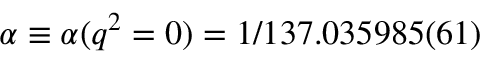
\alpha \equiv \alpha ( q ^ { 2 } = 0 ) = 1 / 1 3 7 . 0 3 5 9 8 5 ( 6 1 )